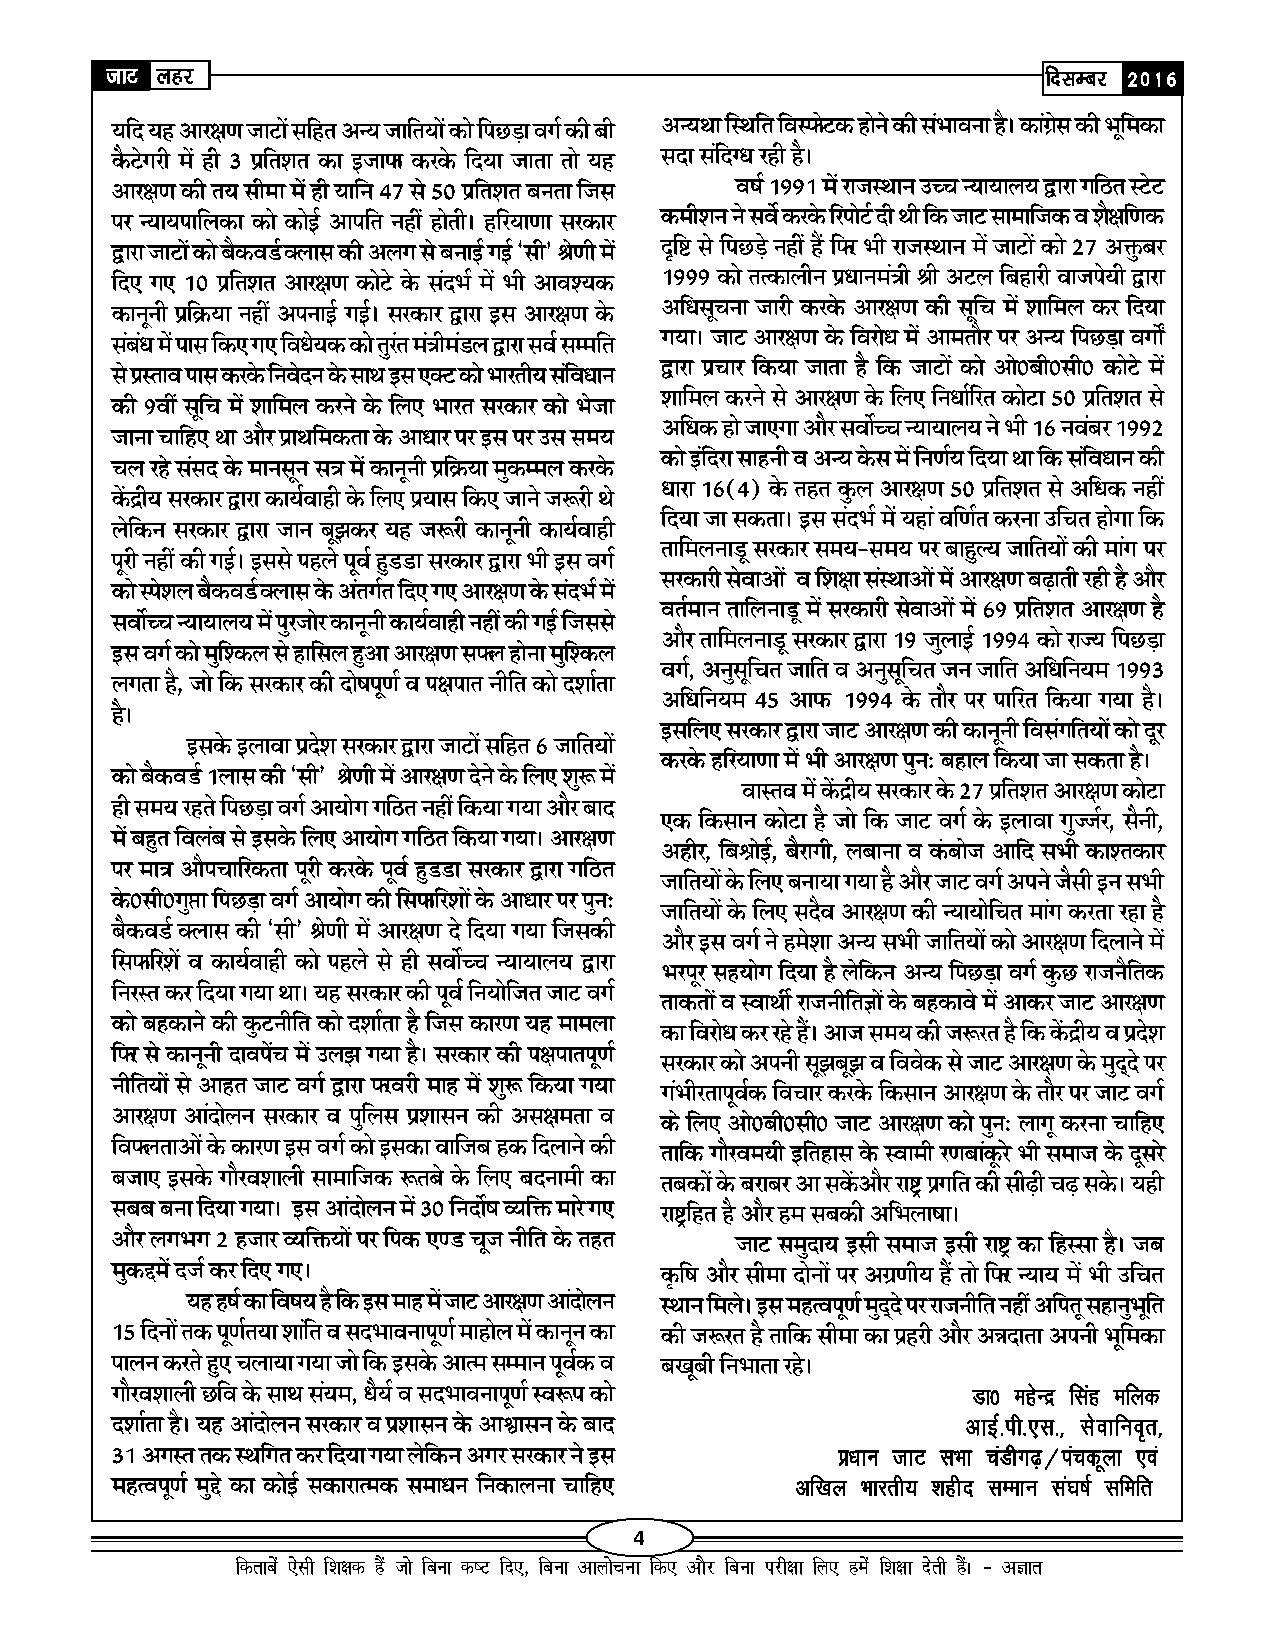
tkV ygj                                                       fnlEcj 2016
 Mk0 egsUnz flag efyd
 vkbZ-ih-,l-] lsokfuo`r]
 ç/kku tkV lHkk paMhx<+@iapdwyk ,oa
 vf[ky Hkkjrh; 'kghn lEeku la?k"kZ lfefr
 fdrkcsa ,slh f'k{kd gSa tks fcuk d"V fn,] fcuk vkykspuk fd, vkSj fcuk ijh{kk fy, gesa f'k{kk nsrh gSaA & vKkr